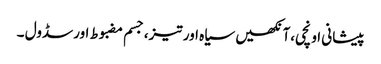
پیشانی اونچی،آنکھیں سیاہ اور تیز،جسم مضبوط اورسڈول ۔